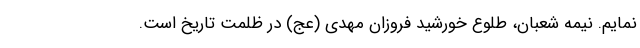
نمایم. نیمه شعبان، طلوع خورشید فروزان مهدی (عج) در ظلمت تاریخ است.